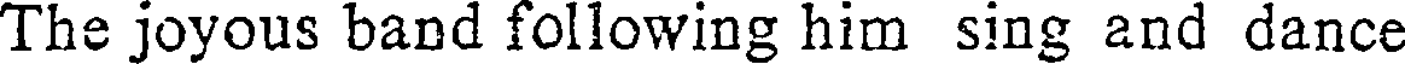
The joyous band following him sing and dance